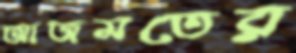
আজমতের